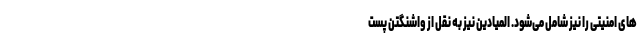
های امنیتی را نیز شامل می‌شود. المیادین نیز به نقل از واشنگتن پست